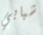
شبابي